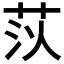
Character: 𦮟